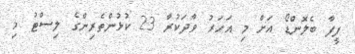
ފީފާ ބެލޮންޑޯ އަށް މި އަހަރު ވާދަކުރާ 23 ކުޅުންތެރިންގެ ލިސްޓު މި